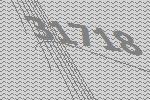
31718